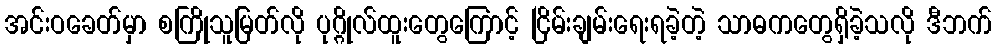
အင်းဝခေတ်မှာ စကြိုသူမြတ်လို ပုဂ္ဂိုလ်ထူးတွေကြောင့် ငြိမ်းချမ်းရေးရခဲ့တဲ့ သာဓကတွေရှိခဲ့သလို ဒီဘက်